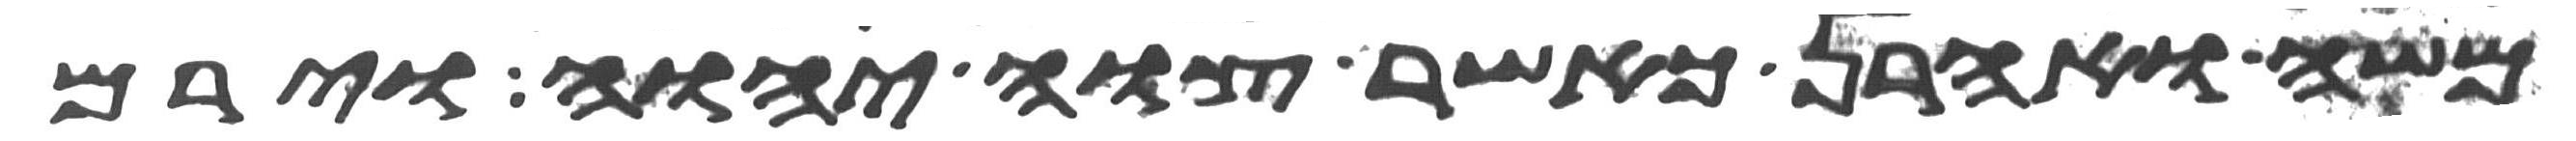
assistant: משה ואהרן כאשר צוה יהוה וירם